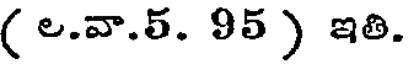
( ల.వా.5. 95 ) ఇతి.